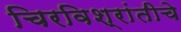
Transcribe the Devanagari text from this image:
चिरविश्रांतीचे